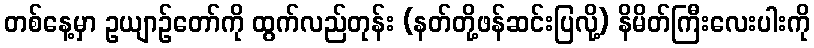
တစ်နေ့မှာ ဥယျာဉ်တော်ကို ထွက်လည်တုန်း (နတ်တို့ဖန်ဆင်းပြလို့) နိမိတ်ကြီးလေးပါးကို